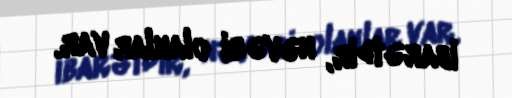
ibarətdir, nəvəsi olanlar var.